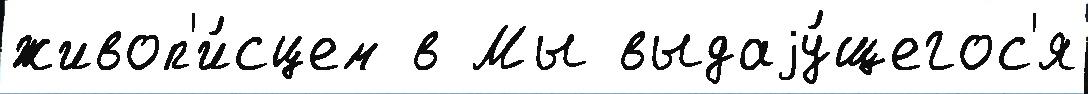
живоп'и́сцем в Мы выдаjу́щегос'я